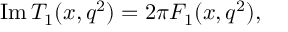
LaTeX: \mathrm { I m } \, T _ { 1 } ( x , q ^ { 2 } ) = 2 \pi F _ { 1 } ( x , q ^ { 2 } ) ,